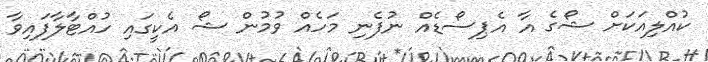
ކުއްލިއަކަށް ޝޯގެ އާ އެޕިސޯޑެއް ނުފެނި މަހެއް ވުމުން ޝޯ އެކީގައި ހުއްޓާލާފައިވާ